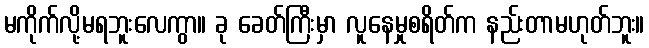
မကိုက်လို့မရဘူးလေကွာ။ ခု ခေတ်ကြီးမှာ လူနေမှုစရိတ်က နည်းတာမဟုတ်ဘူး။